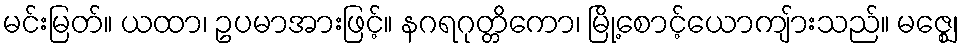
မင်းမြတ်။ ယထာ၊ ဥပမာအားဖြင့်။ နဂရဂုတ္တိကော၊ မြို့စောင့်ယောကျ်ားသည်။ မဇ္ဈေ၊